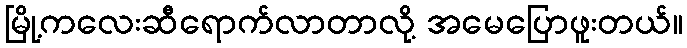
မြို့ကလေးဆီရောက်လာတာလို့ အမေပြောဖူးတယ်။